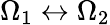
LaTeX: \Omega_{1}\leftrightarrow\Omega_{2}